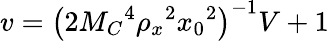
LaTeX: v=\left(2M_{C}{}^{4}\rho_{x}{}^{2}x_{0}{}^{2}\right)^{-1}V+1